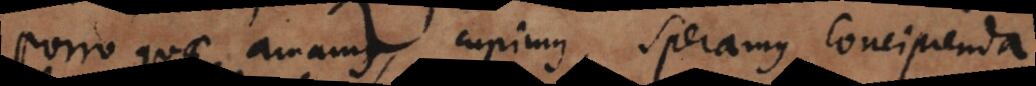
Porro quae amamus, cupimus, speramus, concipienda